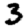
Digit: 3